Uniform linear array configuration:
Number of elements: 64
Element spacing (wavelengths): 0.75
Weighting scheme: hamming
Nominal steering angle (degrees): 15
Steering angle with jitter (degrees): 15.979
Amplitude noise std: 0.05
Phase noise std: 0.05

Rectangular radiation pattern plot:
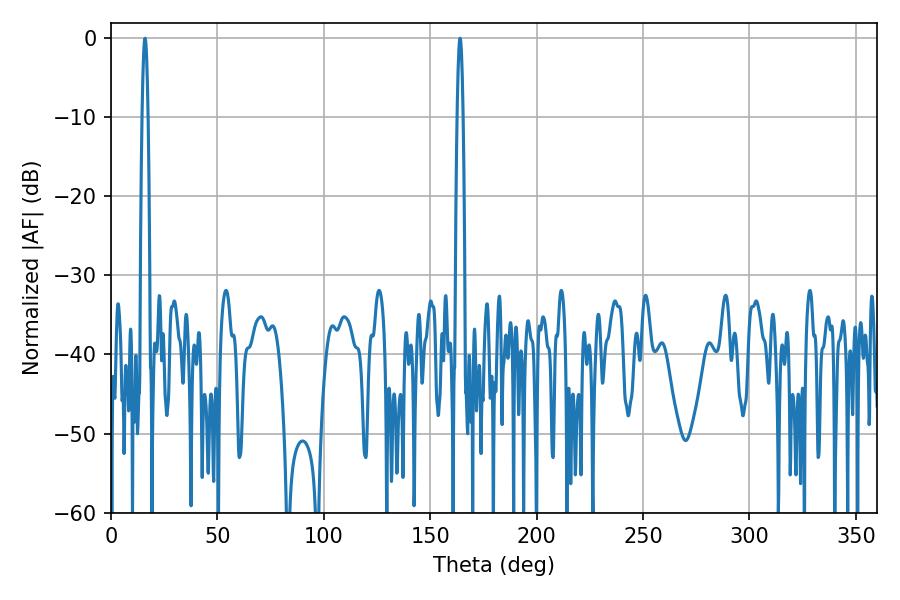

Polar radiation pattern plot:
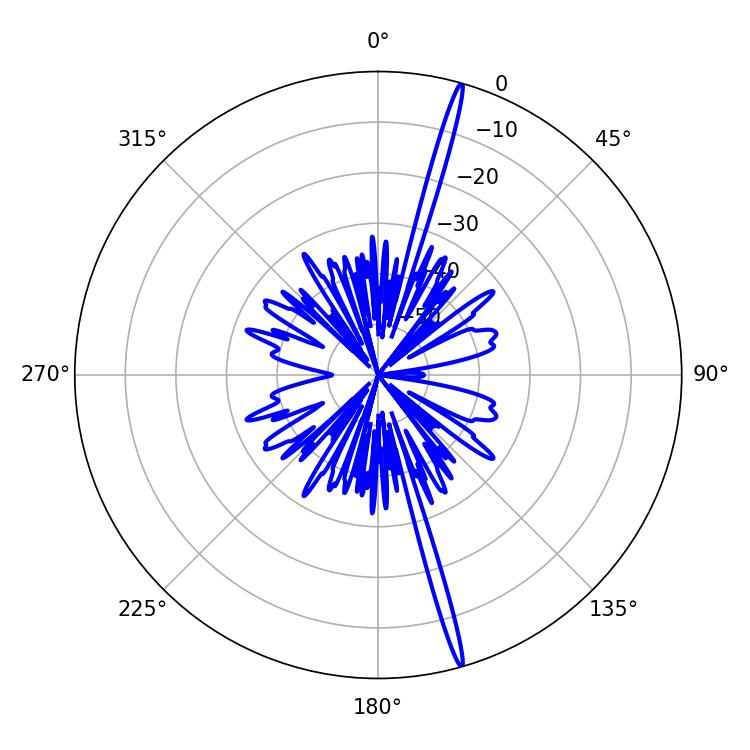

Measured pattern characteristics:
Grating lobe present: TRUE
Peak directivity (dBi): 20.866
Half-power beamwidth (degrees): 1.44
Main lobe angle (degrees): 16.02